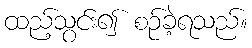
ထည့်သွင်း၍ စဉ်ခဲ့ရသည်။